Regulations for the medical services of the Army of India
Year: 1930
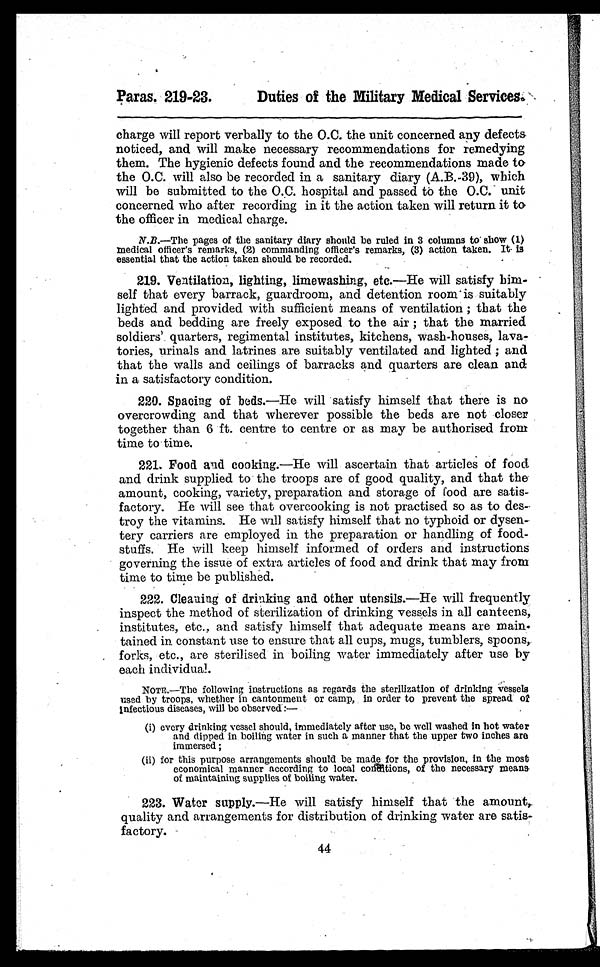
Paras. 219-23.
Duties off the Military Medical Services.
charge will report verbally to the O.C. the unit concerned any defects,
noticed, and will make necessary recommendations for remedying
them. The hygienic defects found and the recommendations made to
the O.C. will also be recorded in a sanitary diary (A.B.-39), which
will be submitted to the O.C. hospital and passed to the O.C. unit
concerned who after recording in it the action taken will return it to
the officer in medical charge.
N.B.—The pages of the sanitary diary should be ruled in 3 columns to show (1)
medical officer's remarks, (2) commanding officer's remarks, (3) action taken. It is
essential that the action taken should be recorded.
219. Ventilation, lighting, limewashing, etc.—He will satisfy him-
self that every barrack, guardroom, and detention room is suitably
lighted and provided with sufficient means of ventilation ; that the
beds and bedding are freely exposed to the air ; that the married
soldiers' quarters, regimental institutes, kitchens, wash-houses, lava-
tories, urinals and latrines are suitably ventilated and lighted ; and
that the walls and ceilings of barracks and quarters are clean and
in a satisfactory condition.
220. Spacing of beds.—He will satisfy himself that there is no
overcrowding and that wherever possible the beds are not closer
together than 6 ft. centre to centre or as may be authorised from
time to time.
221. Food and cooking.—He will ascertain that articles of food
and drink supplied to the troops are of good quality, and that the
amount, cooking, variety, preparation and storage of food are satis-
factory. He will see that overcooking is not practised so as to des
troy the vitamins. He will satisfy himself that no typhoid or dysen-
tery carriers are employed in the preparation or handling of food-
stuffs. He will keep himself informed of orders and instructions
governing the issue of extra articles of food and drink that may from
time to time be published.
222. Cleaning of drinking and other utensils.—He will frequently
inspect the method of sterilization of drinking vessels in all canteens,
institutes, etc., and satisfy himself that adequate means are main.
gained in constant use to ensure that all cups, mugs, tumblers, spoons,.
forks, etc., are sterilised in boiling water immediately after use by
each individual.
NOTE.—The following instructions as regards the sterilization of drinking vessels
used by troops, whether in cantonment or camp, in order to prevent the spread of
infectious diseases, will be observed :—
(i) every drinking vessel should, immediately after use, be well washed in hot water
and dipped in boiling water in such a manner that the upper two inches are
immersed ;
(ii) for this purpose arrangements should be made for the provision, in the most
economical manner according to local conditions, of the necessary means
of maintaining supplies of boiling water.
223. Water supply.—He will satisfy himself that the amount,
quality and arrangements for distribution of drinking water are satis-
factory.
44